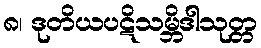
၈၊ ဒုတိယပဋိသမ္ဘိဒါသုတ္တ